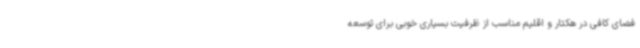
فضای کافی در هکتار و اقلیم مناسب از ظرفیت بسیاری خوبی برای توسعه